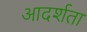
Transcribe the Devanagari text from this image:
आदर्शता